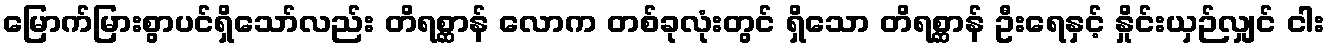
မြောက်မြားစွာပင်ရှိသော်လည်း တိရစ္ဆာန် လောက တစ်ခုလုံးတွင် ရှိသော တိရစ္ဆာန် ဦးရေနှင့် နှိုင်းယှဉ်လျှင် ငါး